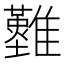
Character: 𩁘